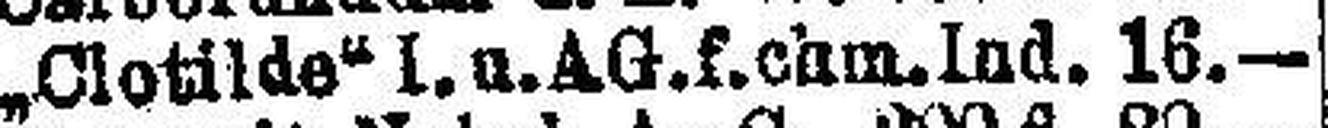
„Clotilde" I. u. AG. f. ehm. Ind. 16.—